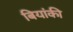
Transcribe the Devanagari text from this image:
बियांकी